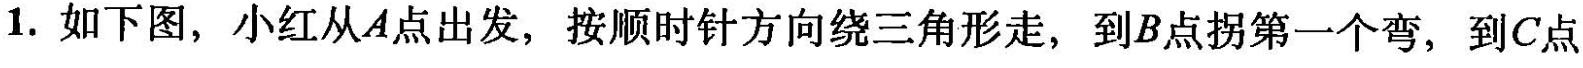
1.如下图，小红从A点出发，按顺时针方向绕三角形走，到B点拐第一个弯，到C点